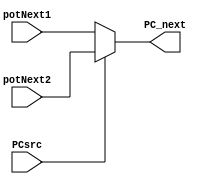
module pc_Mux(PCsrc, potNext1, potNext2, PC_next);

input PCsrc;
input [31:0] potNext1;
input [31:0] potNext2;

output [31:0] PC_next;
/*
always @(PCsrc) begin
case(PCsrc)

1'b0: PC_next <= potNext1; //+4
1'b1: PC_next <= potNext2; //Jump

endcase
end
*//*
always @(PCsrc) begin

if(PCsrc == 1) begin
PC_next <= potNext2;
end else begin
PC_next <= potNext1;
end

end*/

assign PC_next= PCsrc?potNext2:potNext1;

endmodule